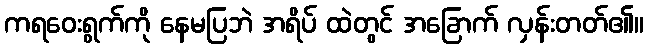
ကရဝေးရွက်ကို နေမပြဘဲ အရိပ် ထဲတွင် အခြောက် လှန်းတတ်၏။